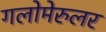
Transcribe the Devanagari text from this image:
गलोमेरुलर